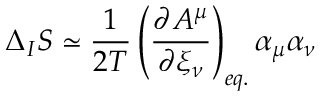
\Delta _ { I } S \simeq \frac { 1 } { 2 T } \left( \frac { \partial A ^ { \mu } } { \partial { \xi } _ { \nu } } \right) _ { e q . } \alpha _ { \mu } \alpha _ { \nu }